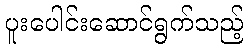
ပူးပေါင်းဆောင်ရွက်သည့်